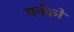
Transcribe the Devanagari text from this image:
गर्नको